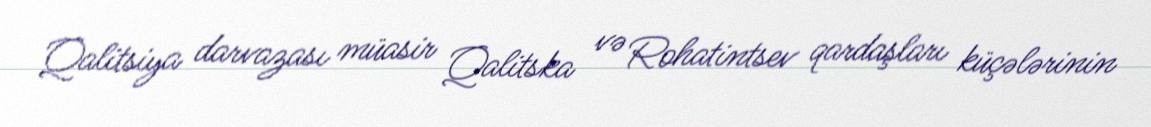
Qalitsiya darvazası müasir Qalitska və Rohatintsev qardaşları küçələrinin